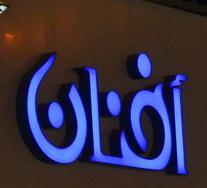
افنان